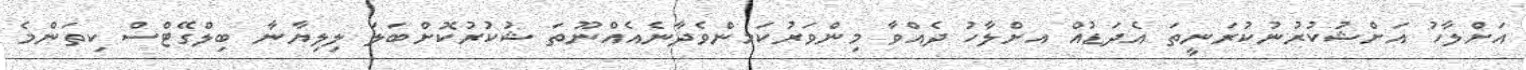
އަށްލާހު އަށްޝުކުރުނުކުރަނީތަ އެދަޑުއް އށްލާހު ދެއްވާ މިންވަރުކަމންވެދާނެއެއްނޫތަ ޝުކުރުކޮށްބަލަ ލިލިޔާނާ ބިލްގޭޓްސް ކިތަންމެ